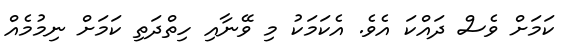
ކަމަށް ވެސް ދައްކަ އެވެ. އެކަމަކު މި ވޭނާއި ހިތްދަތި ކަމަށް ނިމުމެއް